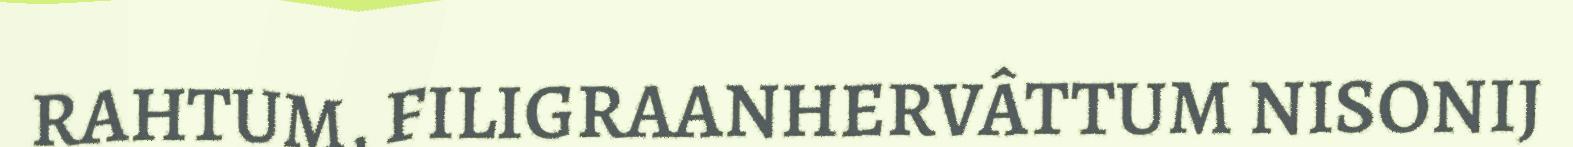
RAHTUM, FILIGRAANHERVÂTTUM NISONIJ